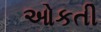
ઓકતી